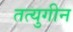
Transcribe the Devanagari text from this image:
तत्युगीन